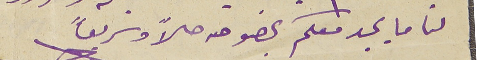
لنا ما يجد معكم بخصوصه حلاً وسريعًا